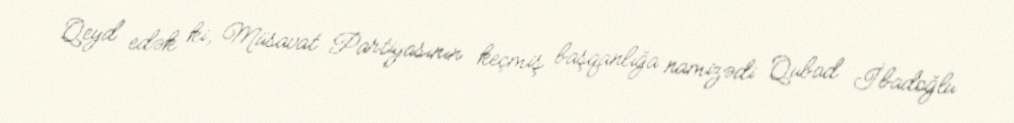
Qeyd edək ki, Müsavat Partiyasının keçmiş başqanlığa namizədi Qubad İbadoğlu